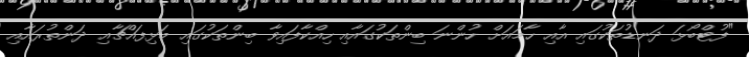
"ފުޓްބޯޅަ ދަނޑުތަކުގައި އާއި ހާމައަށް ހުންނަ ބިންތަކުގައާއި ހިއްކާފައިވާ ބިންތަކުގައި މަޅިފައްޗާއި ދަންތުރައާއި